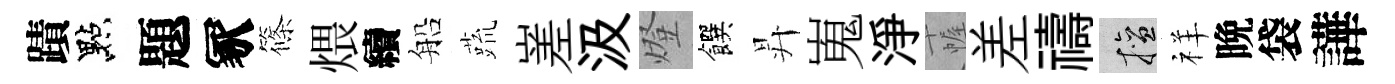
蹟點題冢篠煨續船蔬嵳汲燈饌昇嵬淨幄差禱擅祥晩袋譁